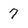
Character: 7